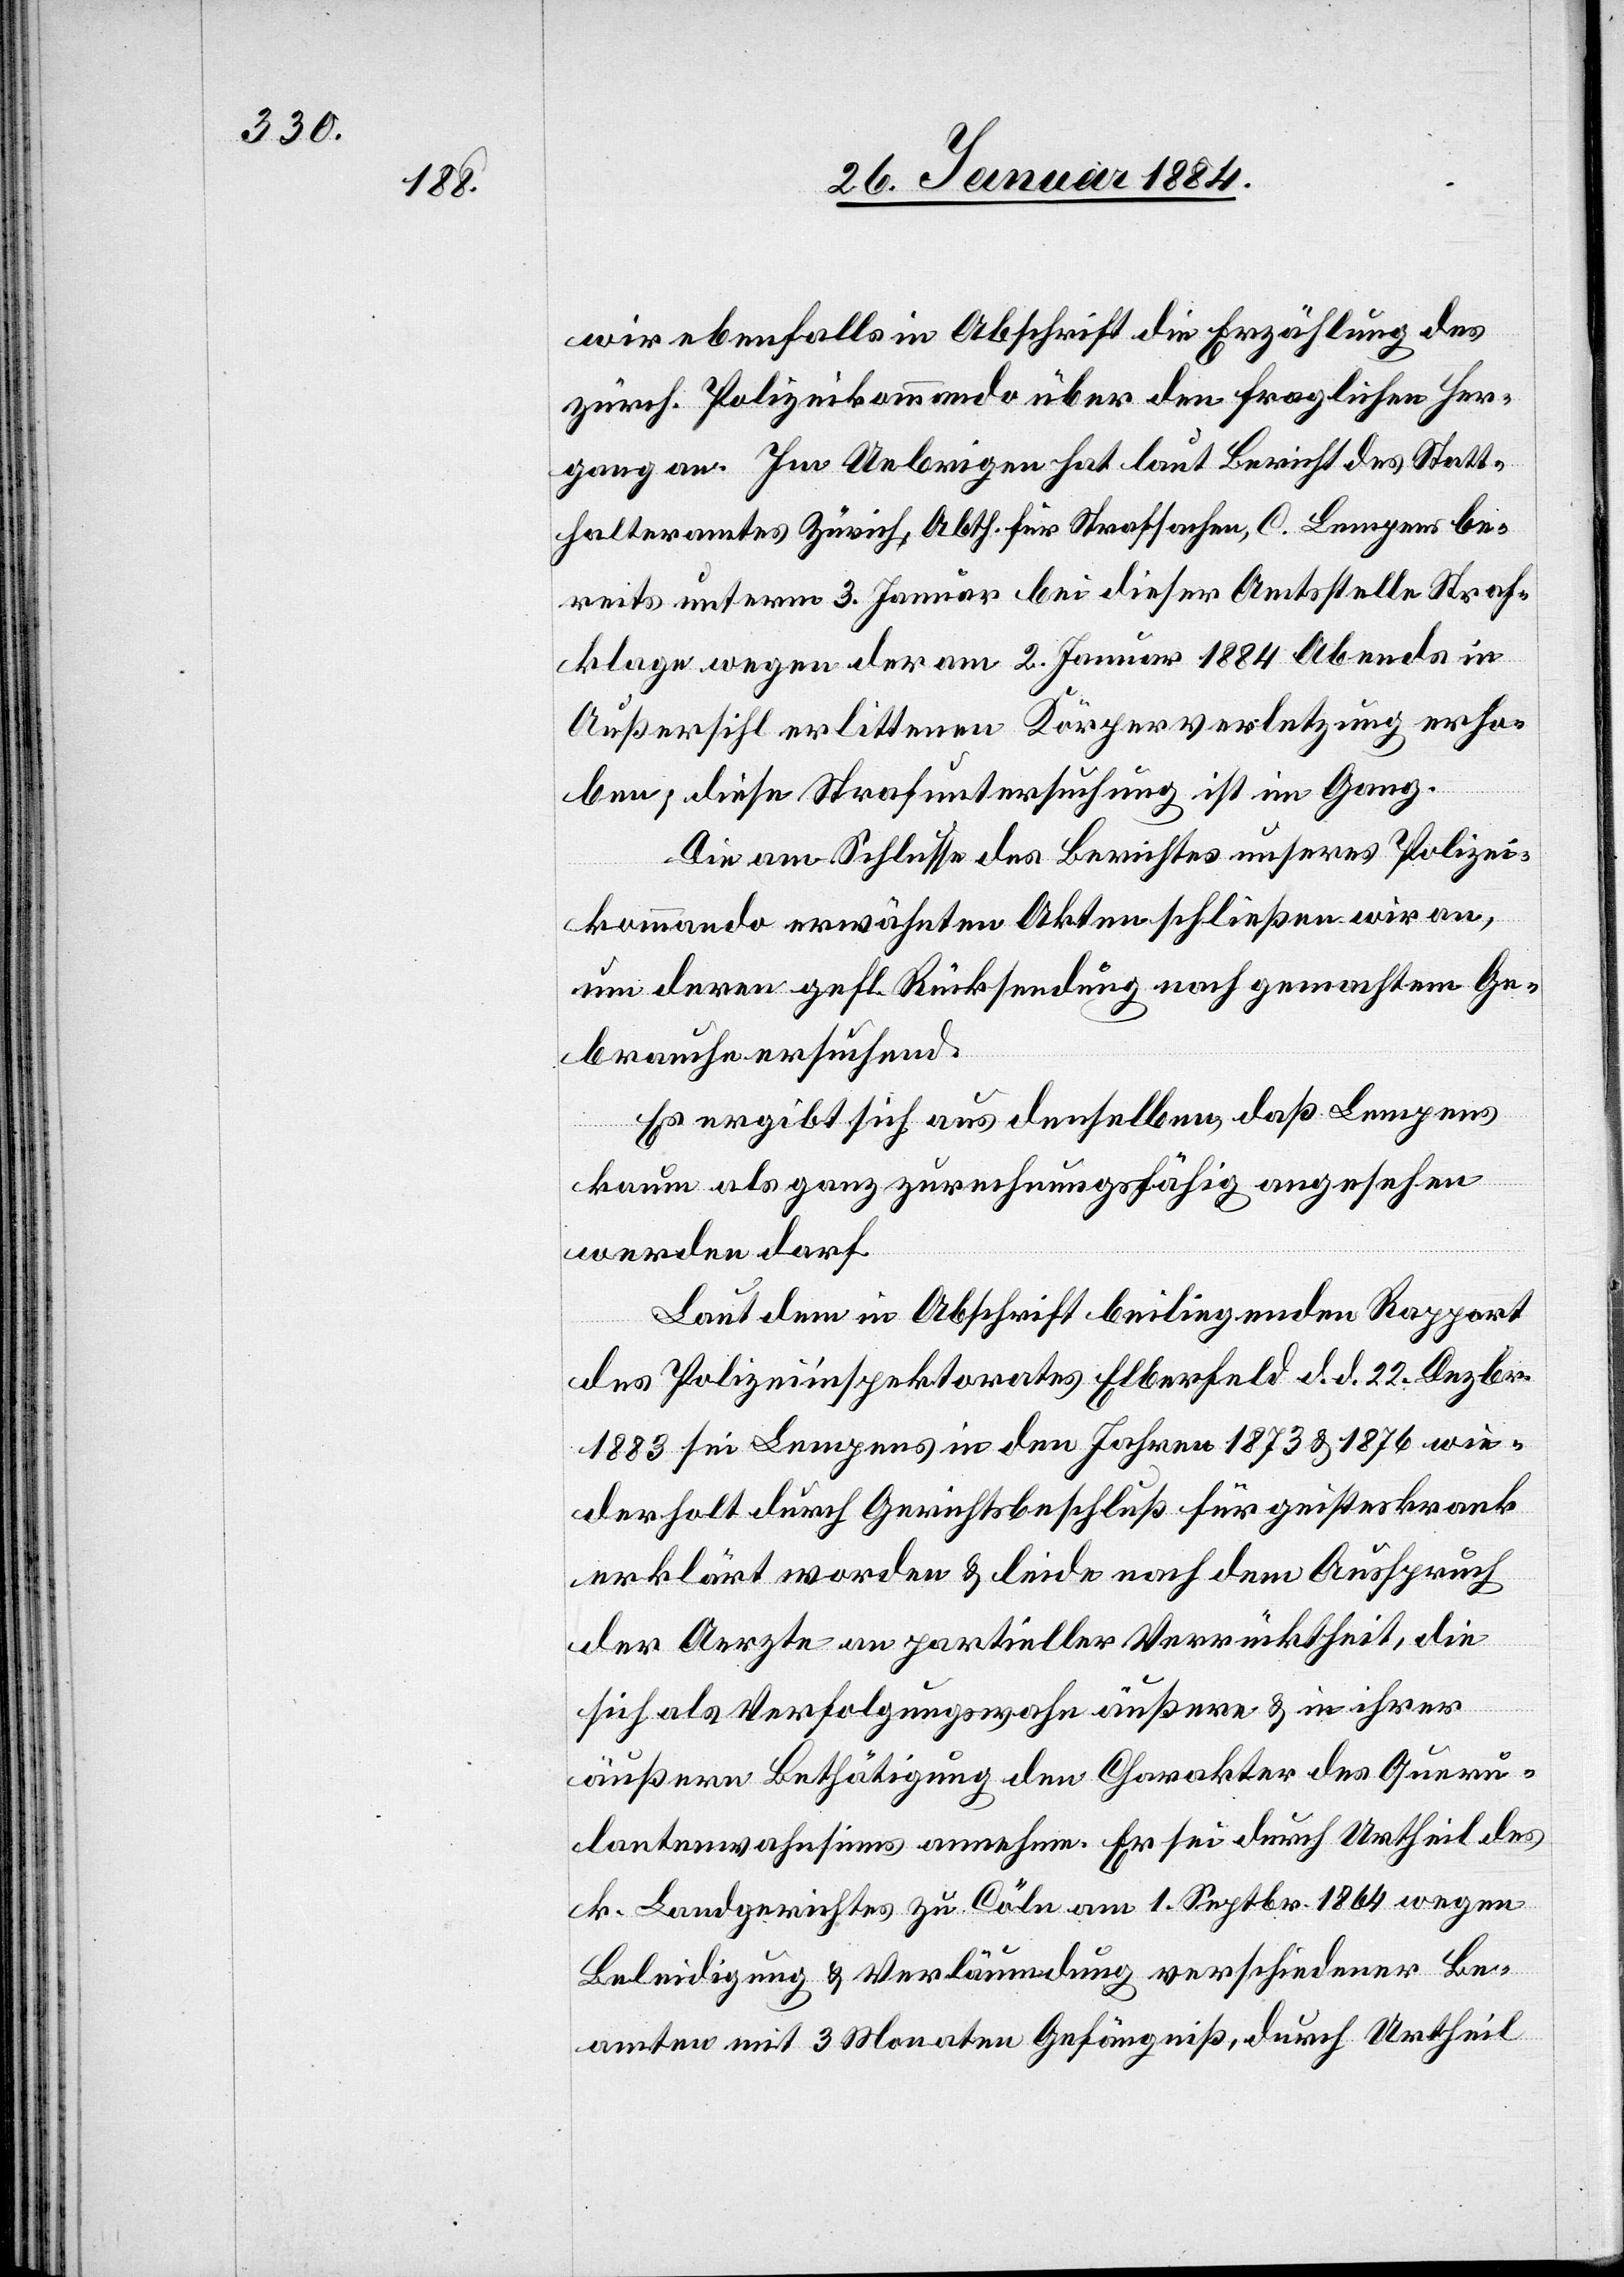
wir ebenfalls in Abschrift die Erzählung des
zürch. Polizeikommando über den fraglichen Her¬
gang an. Im Uebrigen hat laut Bericht des Statt¬
halteramtes Zürich, Abth. für Strafsachen, C. Lempens be¬
reits unterm 3. Januar bei dieser Amtsstelle Straf¬
klage wegen der am 2. Januar 1884 Abends in
Außersihl erlittenen Körperverletzung erho¬
ben; diese Strafuntersuchung ist im Gang.
Die am Schlusse des Berichtes unseres Polizei¬
kommando erwähnten Akten schließen wir an,
um deren gefl. Rücksendung nach gemachtem Ge¬
brauche ersuchend.
Es ergibt sich aus denselben, daß Lempens
kaum als ganz zurechnungsfähig angesehen
werden darf.
Laut dem in Abschrift beiliegenden Rapport
des Polizeiinspektorates Elberfeld d. d. 22. Dezbr.
1883 sei Lempens in den Jahren 1873 & 1876 wie¬
derholt durch Gerichtsbeschluß für geisteskrank
erklärt worden & leide nach dem Ausspruch
der Aerzte an partieller Verrücktheit, die
sich als Verfolgungswahn äußere & in ihrer
äußeren Bethätigung den Charakter des Queru¬
lantenwahnsinns annehme. Er sei durch Urtheil des
k. Landgerichtes zu Cölbe am 1. Septbr. 1864 wegen
Beleidigung & Verläumdung verschiedener Be¬
amten mit 3 Monaten Gefängniß, durch Urtheil